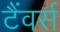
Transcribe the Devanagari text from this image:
टैंवर्स